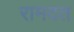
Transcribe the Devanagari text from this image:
रामदत